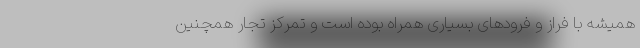
همیشه با فراز و فرودهای بسیاری همراه بوده است و تمرکز تجار همچنین